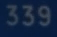
339